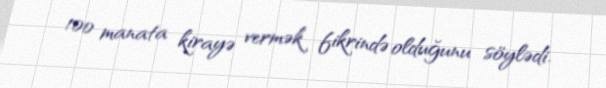
100 manata kirayə vermək fikrində olduğunu söylədi.